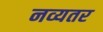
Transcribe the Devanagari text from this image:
नव्यतर